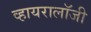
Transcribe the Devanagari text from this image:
व्हायरालॉजी